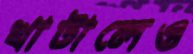
খাটালেও